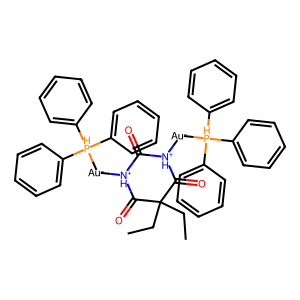
SMILES: CCC1(CC)C(=O)[NH+]([Au-][PH](c2ccccc2)(c2ccccc2)c2ccccc2)C(=O)[NH+]([Au-][PH](c2ccccc2)(c2ccccc2)c2ccccc2)C1=O
Inhibits HIV replication: No